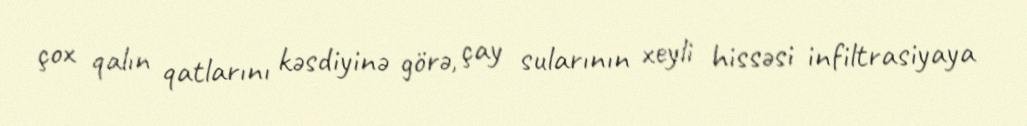
çox qalın qatlarını kəsdiyinə görə, çay sularının xeyli hissəsi infiltrasiyaya